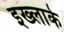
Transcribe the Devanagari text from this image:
इख्लाके